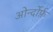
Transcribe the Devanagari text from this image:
ओर्न्दोर्फ़